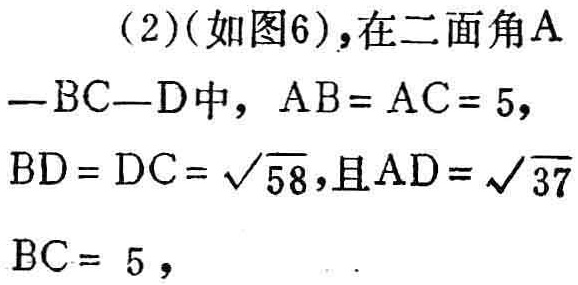
（2）(如图6)，在二面角\(A - BC - D\)中，\(AB = AC = 5\)，\(BD = DC = \sqrt{58}\)，且\(AD = \sqrt{37}\)，\(BC = 5\)，